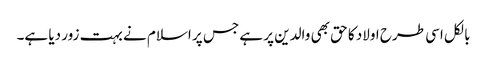
بالکل اسی طرح اولاد کا حق بھی والدین پر ہے جس پر اسلام نے بہت زور دیا ہے۔